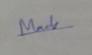
Signature authenticity: genuine